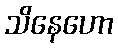
သိနေဟော